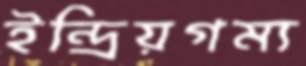
ইন্দ্রিয়গম্য